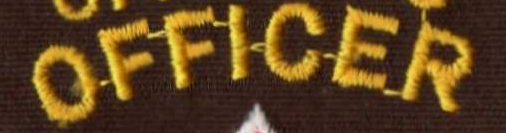
OFFICER